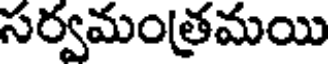
సర్వమంత్రమయి